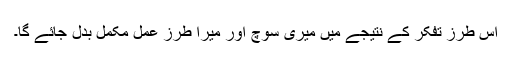
اس طرز تفکر کے نتیجے میں میری سوچ اور میرا طرز عمل مکمل بدل جائے گا۔